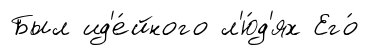
Был ид'е́йного л'ю́д'ях Его́